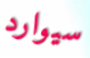
سيوارد